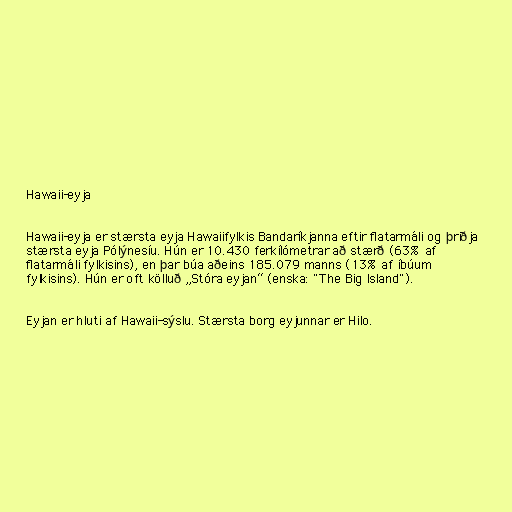
Hawaii-eyja

Hawaii-eyja er stærsta eyja Hawaiifylkis Bandaríkjanna eftir flatarmáli og þriðja
stærsta eyja Pólýnesíu. Hún er 10.430 ferkílómetrar að stærð (63% af
flatarmáli fylkisins), en þar búa aðeins 185.079 manns (13% af íbúum
fylkisins). Hún er oft kölluð „Stóra eyjan“ (enska: "The Big Island").

Eyjan er hluti af Hawaii-sýslu. Stærsta borg eyjunnar er Hilo.